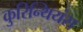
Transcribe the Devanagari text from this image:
कुरिन्थियंस